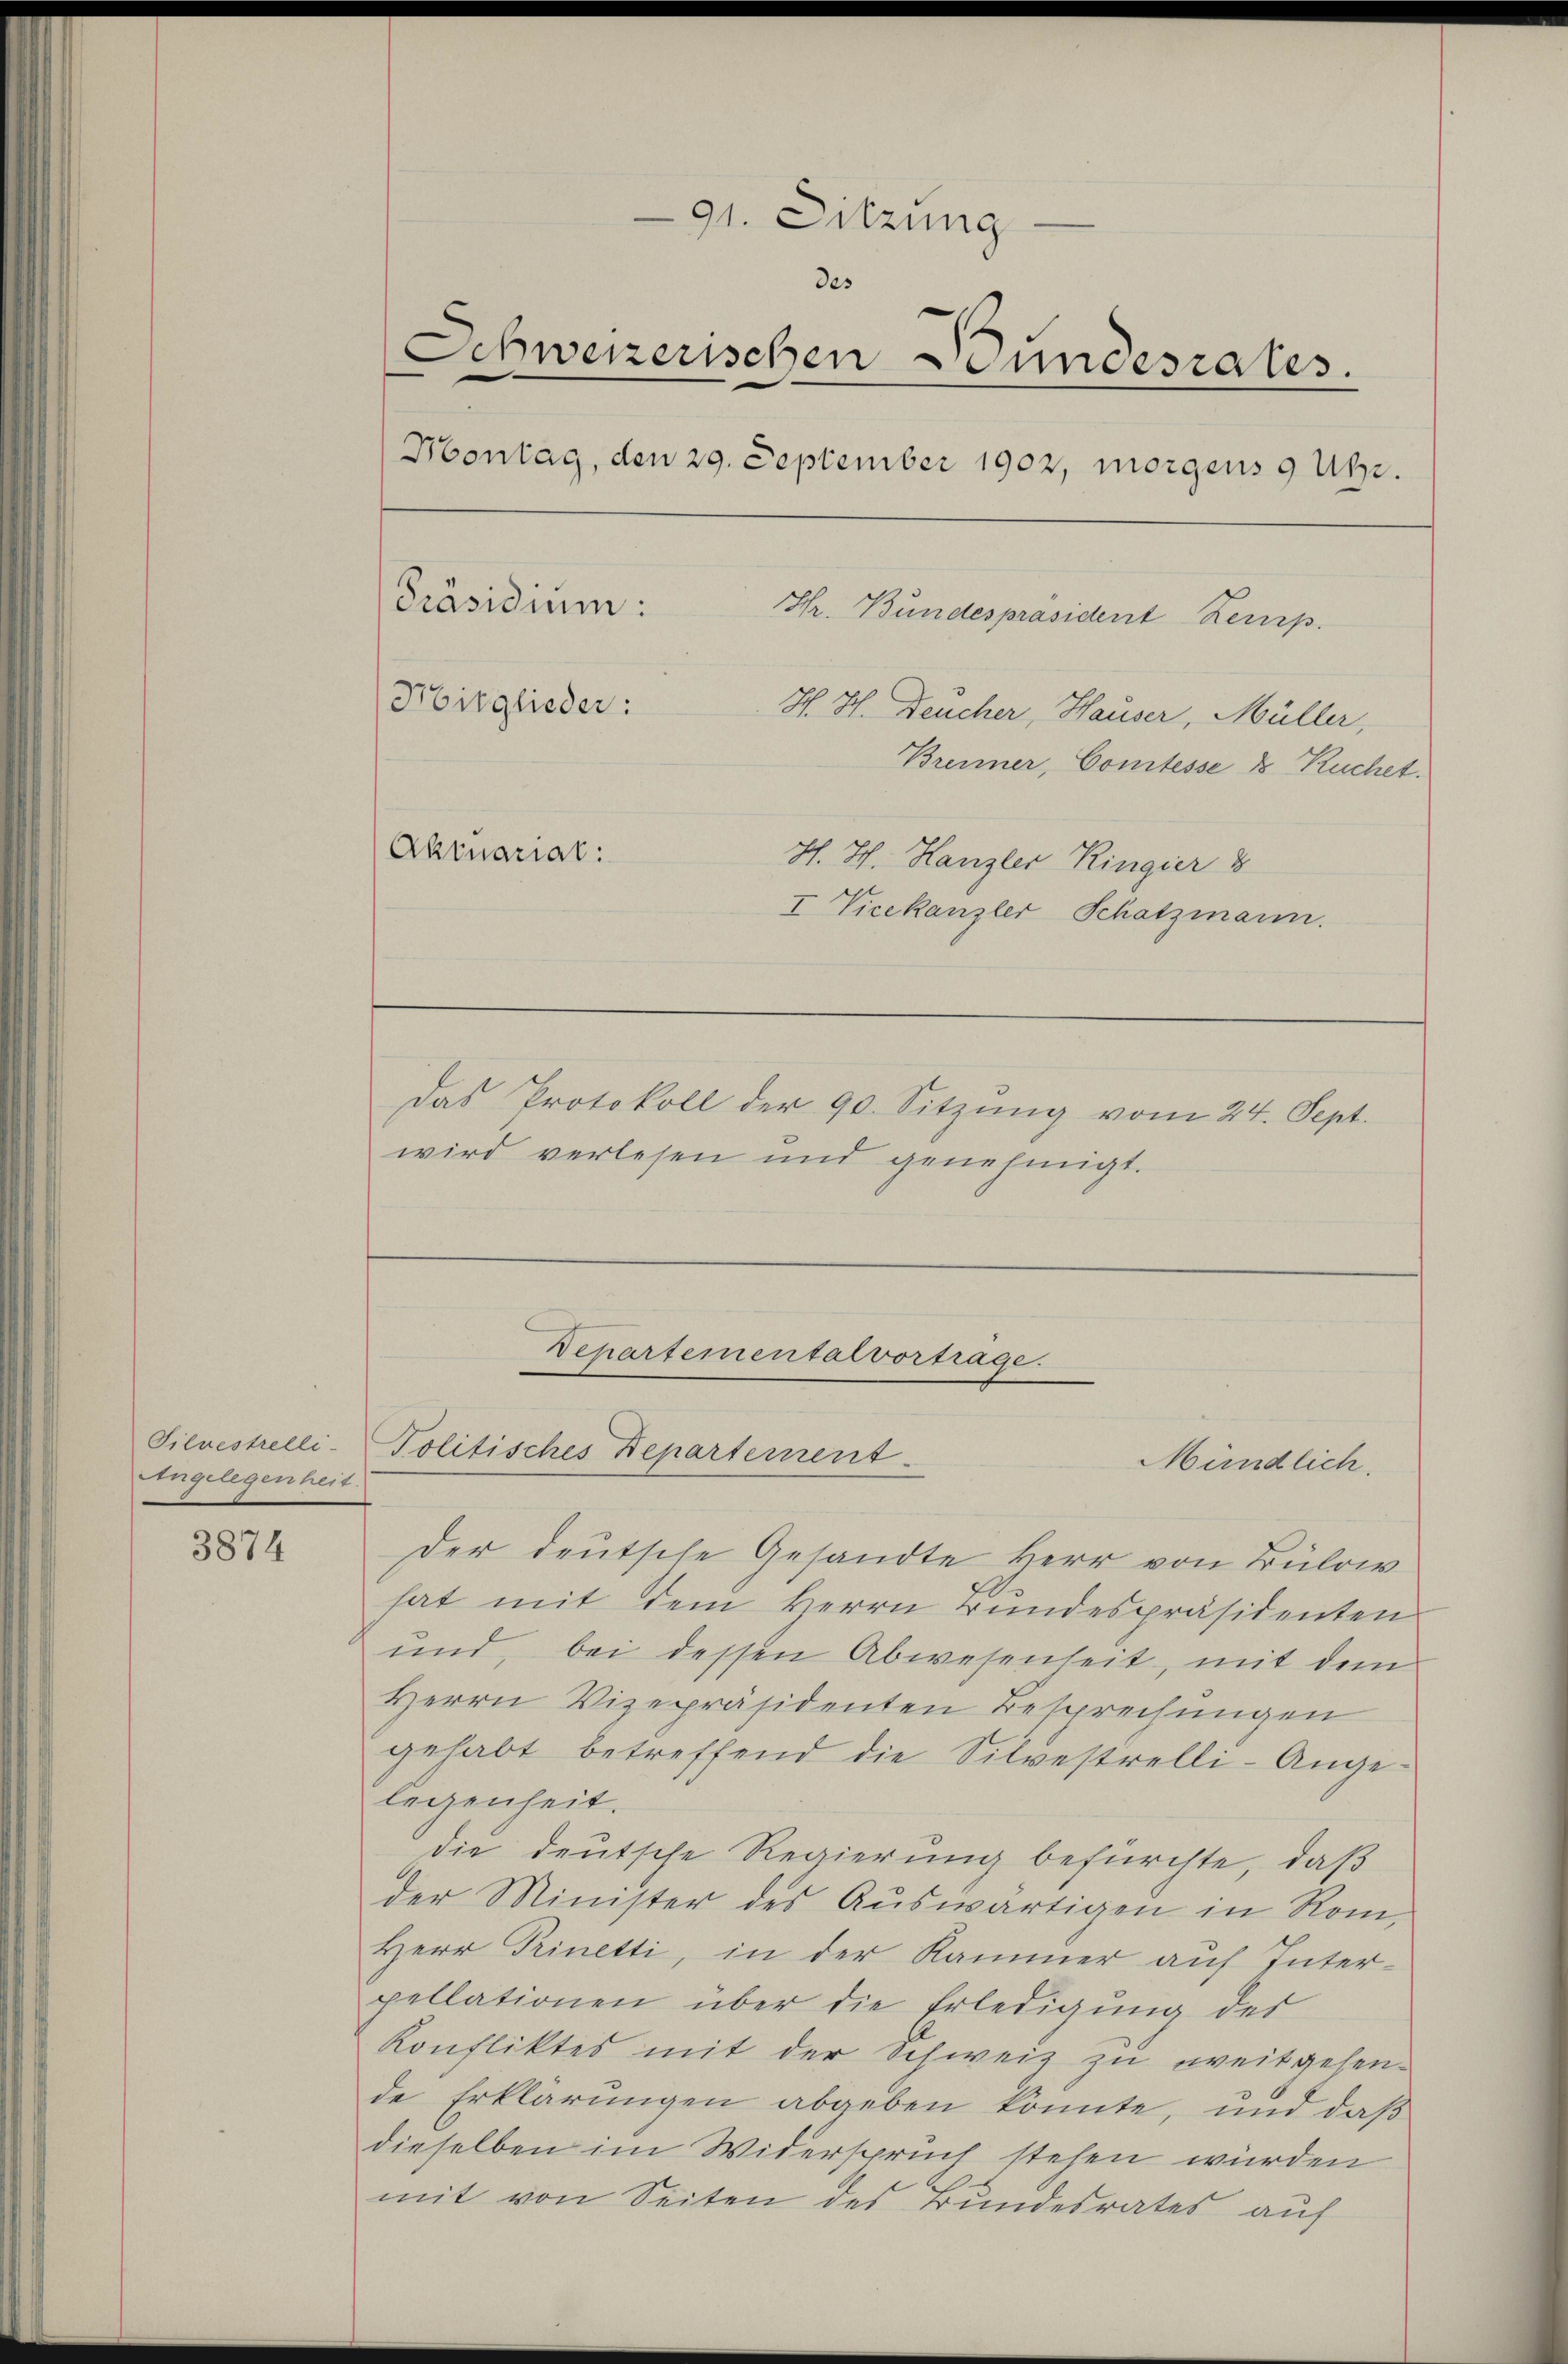
Silvestrelli
Angelegenheit.

3874

91. Sitzung
des
Schweizerischen Bundesrates.
Montag, den 29. September 1902, morgens 9 Uhr.
Präsidium:
Hr. Bundespräsident Kemp
Mitglieder:
H. H. Feucher, Hauser, Müller,
Brenner, Comtesse & Ruchet.
Aktuariat:
H. H. Hanzler Ringier 8
I Vicekanzler Schatzmann.
Das Protokoll der 90 Sitzŭng vom 24. Sept.
wird verlesen und genehmigt.

der deutsche Gesandte Herr von Bülow
hat mit dem Herrn Bundespräsidenten
und, bei dessen Abwesenheit, mit dem
Herrn Vizepräsidenten Besprechungen
gehabt betreffend die Silvestrelli-Angelegenheit.
die deutsche Regierung befürchte, daß
der Minister des Auswärtigen in Rom,
Herr Prinetti, in der Kammer auf Interpellationen über die Erledigung des
Konfliktes mit der Schweiz zu weitgehende Erklärungen abgeben könnte, und daß
dieselben im Widerspruch stehen würden
mit von Seiten des Bundesrates auf

Departemental vortrage.
Politisches Departement

Mündlich.